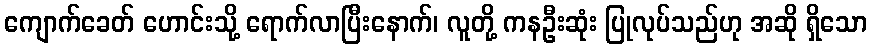
ကျောက်ခေတ် ဟောင်းသို့ ရောက်လာပြီးနောက်၊ လူတို့ ကနဦးဆုံး ပြုလုပ်သည်ဟု အဆို ရှိသော